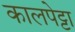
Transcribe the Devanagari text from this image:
कालपेट्टा